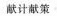
献计献策